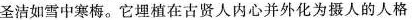
圣洁如雪中寒梅。它埋植在古贤人内心并外化为摄人的人格